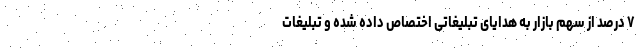
۷ درصد از سهم بازار به هدایای تبلیغاتی اختصاص داده شده و تبلیغات